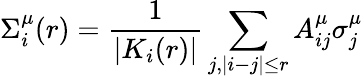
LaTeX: \Sigma_{i}^{\mu}(r)=\frac{1}{|K_{i}(r)|}\sum_{j,|i-j|\leq r}A_{ij}^{\mu}\sigma_{j}^{\mu}